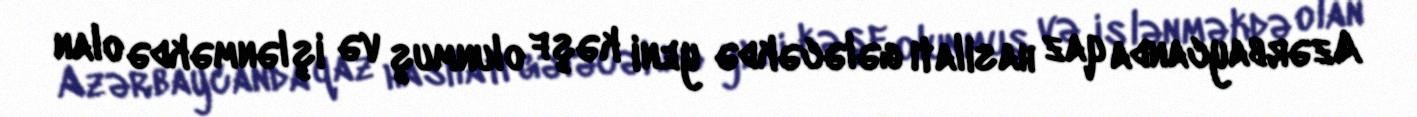
Azərbaycanda qaz hasilatı gələcəkdə yeni kəşf olunmuş və işlənməkdə olan